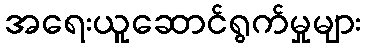
အရေးယူဆောင်ရွက်မှုများ